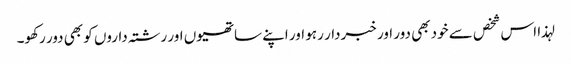
لہذا اس شخص سے خود بھی دور اور خبردار رہو اور اپنے ساتھیوں اور رشتہ داروں کو بھی دور رکھو۔